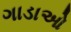
ગાડાઓ